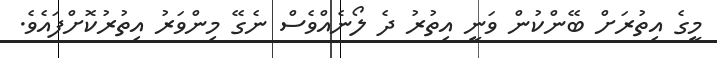
މީގެ އިތުރަށް ބޭންކުން ވަނީ އިތުރު ދެ ލޯނެއްވެސް ނެގޭ މިންވަރު އިތުރުކޮށްފައެވެ.